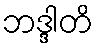
ဘဒ္ဒါတိ